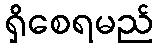
ရှိစေရမည်